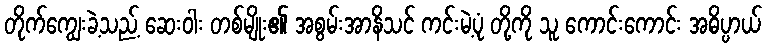
တိုက်ကျွေးခဲ့သည့် ဆေးဝါး တစ်မျိုး၏ အစွမ်းအာနိသင် ကင်းမဲ့ပုံ တို့ကို သူ ကောင်းကောင်း အဓိပ္ပာယ်